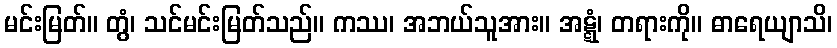
မင်းမြတ်။ တွံ၊ သင်မင်းမြတ်သည်။ ကဿ၊ အဘယ်သူအား။ အဋ္ဋံ၊ တရားကို။ ဓာရေယျာသိ၊